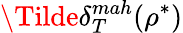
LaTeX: \Tilde{\delta}_{T}^{mah}(\rho^{*})